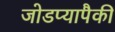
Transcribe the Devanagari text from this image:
जोडप्यापैकी